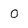
Character: 0